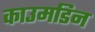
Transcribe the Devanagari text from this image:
काउमडिन